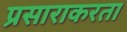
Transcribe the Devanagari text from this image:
प्रसाराकरता